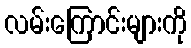
လမ်းကြောင်းများကို